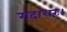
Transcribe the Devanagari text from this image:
गदाधरः।